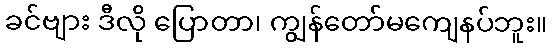
ခင်ဗျား ဒီလို ပြောတာ၊ ကျွန်တော်မကျေနပ်ဘူး။